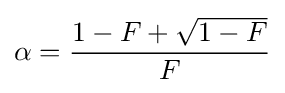
\alpha ={\frac {1-F+{\sqrt {1-F}}}{F}}